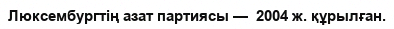
Люксембургтің азат партиясы —  2004 ж. құрылған.